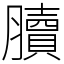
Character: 𦢌